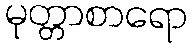
မုတ္တာစာရော